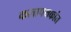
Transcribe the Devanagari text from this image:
कलापथकांत